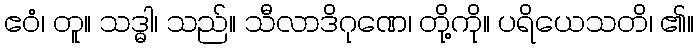
ဧဝံ၊ တူ။ သဒ္ဓါ၊ သည်။ သီလာဒိဂုဏေ၊ တို့ကို။ ပရိယေသတိ၊ ၏။